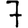
Digit: 7